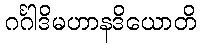
ဂင်္ဂါဒိမဟာနဒိယောတိ